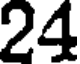
24